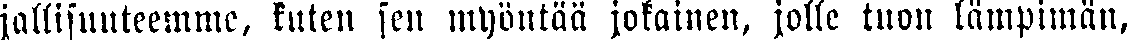
jallisuuteemme, kuten sen myöntää jokainen, jolle tuon lämpimän,